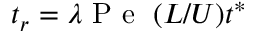
t _ { r } = \lambda \mathrm { ~ P ~ e ~ } \; ( L / U ) t ^ { \ast }